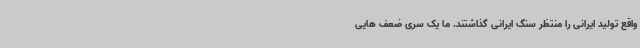
واقع تولید ایرانی را منتظر سنگ ایرانی گذاشتند. ما یک سری ضعف هایی